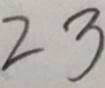
2 3